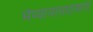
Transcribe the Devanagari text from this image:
भैय्यायासाहेबांनी